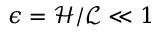
\epsilon = \mathscr { H } / \mathscr { L } \ll 1